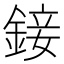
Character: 𨨧